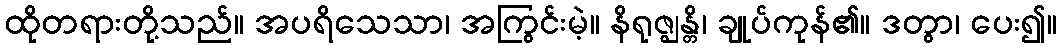
ထိုတရားတို့သည်။ အပရိသေသာ၊ အကြွင်းမဲ့။ နိရုဇ္ဈန္တိ၊ ချုပ်ကုန်၏။ ဒတွာ၊ ပေး၍။